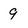
Character: 9